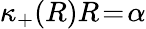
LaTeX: \kappa_{+}(R)R\! =\! \alpha